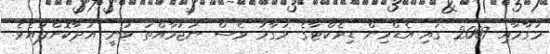
މަގާމާއި 2007 ގައި އެޑްމިން ޑިރެކްޓާގެ މަގާމު ވެސް ނަޖުމާއްތަ ވަނީ އަދާކޮށްފައެވެ.